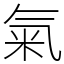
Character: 氣